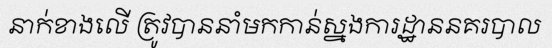
នាក់ខាងលើ ត្រូវបាននាំមកកាន់ស្នងការដ្ឋាននគរបាល